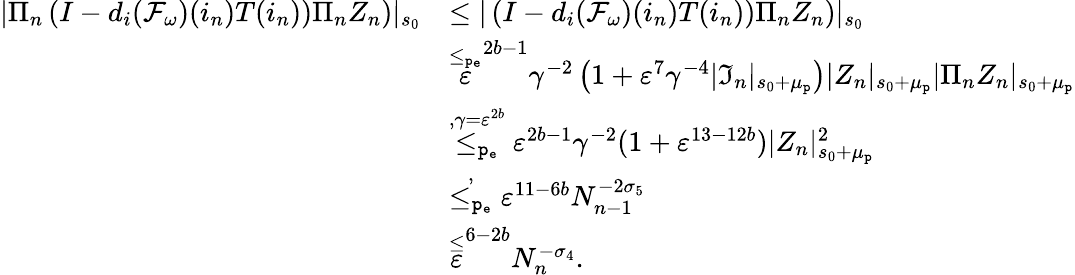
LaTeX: \begin{array}{rl}{|\Pi_{n}\left(I-d_{i}(\mathcal{F}_{\omega})(i_{n})T(i_{n}))\Pi_{n}Z_{n}\right)|_{s_{0}}}&{\le|\left(I-d_{i}(\mathcal{F}_{\omega})(i_{n})T(i_{n}))\Pi_{n}Z_{n}\right)|_{s_{0}}}\\ &{\overset{\le_{\mathtt{p_{e}}}}\varepsilon^{2b-1}\gamma^{-2}\left(1+\varepsilon^{7}\gamma^{-4}|\mathfrak{I}_{n}|_{s_{0}+\mu_{\mathtt{p}}}\right)|Z_{n}|_{s_{0}+\mu_{\mathtt{p}}}|\Pi_{n}Z_{n}|_{s_{0}+\mu_{\mathtt{p}}}}\\ &{\overset{,\gamma=\varepsilon^{2b}}{\le_{\mathtt{p_{e}}}}\varepsilon^{2b-1}\gamma^{-2}(1+\varepsilon^{13-12b})|Z_{n}|_{s_{0}+\mu_{\mathtt{p}}}^{2}}\\ &{\overset{,}{\le_{\mathtt{p_{e}}}}\varepsilon^{11-6b}N_{n-1}^{-2\sigma_{5}}}\\ &{\overset\le\varepsilon^{6-2b}N_{n}^{-\sigma_{4}}.}\end{array}